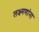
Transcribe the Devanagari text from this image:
लक्ष्मणांना